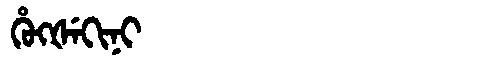
Manchu: ᡥᡠᡴᡧᡝᡴᡳᠨᡳ
Romanization: HUKŠEKINI